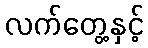
လက်တွေ့နှင့်